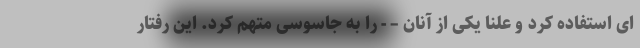
ای استفاده کرد و علنا یکی از آنان – - را به جاسوسی متهم کرد. این رفتار